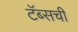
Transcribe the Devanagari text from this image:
टॅब्सची